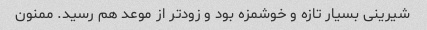
شیرینی بسیار تازه و خوشمزه بود و زود‌تر از موعد هم رسید. ممنون